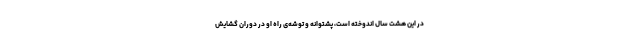
در این هشت سال اندوخته است، پشتوانه‌ و توشه‌ی راه او در دوران گشایش